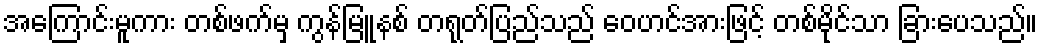
အကြောင်းမူကား တစ်ဖက်မှ ကွန်မြူနစ် တရုတ်ပြည်သည် ဝေဟင်အားဖြင့် တစ်မိုင်သာ ခြားပေသည်။